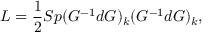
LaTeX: L = { \frac { 1 } { 2 } } S p ( G ^ { - 1 } d G ) _ { k } ( G ^ { - 1 } d G ) _ { k } ,